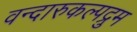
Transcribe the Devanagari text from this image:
वन्दारुकल्पद्रुम